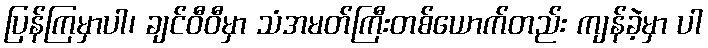
ပြန်ကြမှာပါ၊ ချင်ဝီဝီမှာ သံအမတ်ကြီးတစ်ယောက်တည်း ကျန်ခဲ့မှာ ပါ